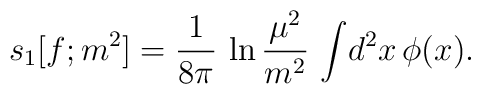
s_{1}[f;m^{2}]={1\over 8\pi}\,\ln {\mu^{2}\over m^{2}}\,\int\! d^{2}x\,\phi(x).